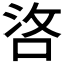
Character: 𠳛